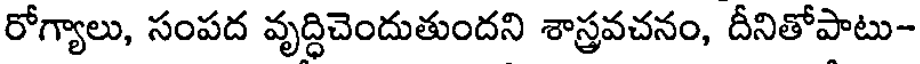
రోగ్యాలు, సంపద వృద్ధిచెందుతుందని శాస్త్రవచనం, దీనితోపాటు-